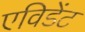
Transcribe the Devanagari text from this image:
एविडेंट